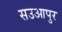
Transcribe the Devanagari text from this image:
सउआपुर